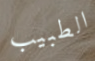
الطبيب